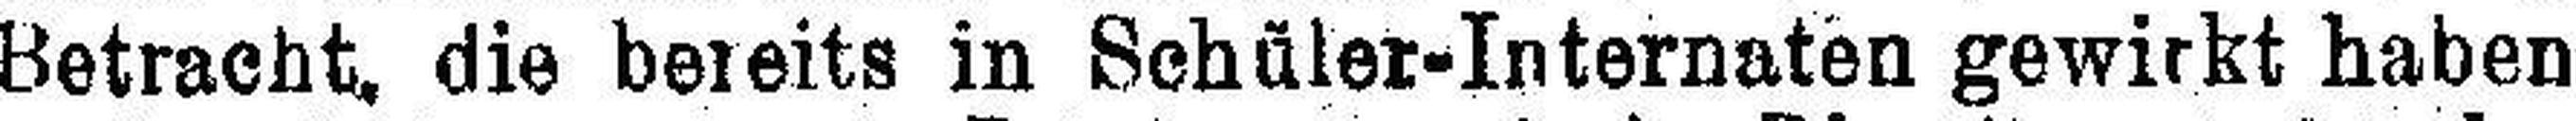
Betracht, die bereits in Schüler-Internaten gewirkt haben